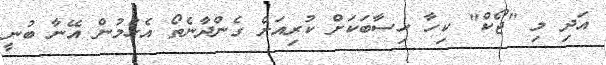
އަދި މި "ޖޯކް" ކިހާ ހިސާބަކަށް ކުރިއަށް ގެންދާނެތޯ އެހުމުން އޭނާ ބުނީ